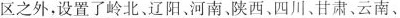
区之外，设置了岭北、辽阳、河南、陕西、四川、甘肃、云南、